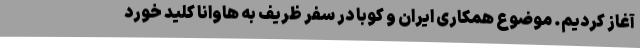
آغاز کردیم. موضوع همکاری ایران و کوبا در سفر ظریف به هاوانا کلید خورد